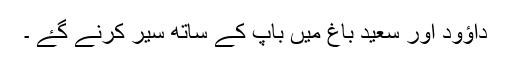
داؤود اور سعید باغ میں باپ کے ساتھ سیر کرنے گۓ ۔